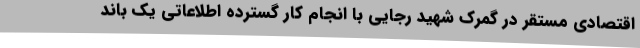
اقتصادی مستقر در گمرک شهید رجایی با انجام کار گسترده اطلاعاتی یک باند